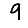
Digit: 9